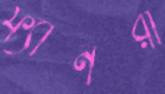
ফ্যানরা